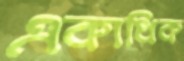
একাধিক